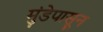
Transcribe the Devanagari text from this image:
मुंडेपासून